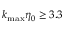
{ { k } _ { \operatorname* { m a x } } } { { \eta } _ { 0 } } \ge 3 . 3